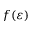
f ( \varepsilon )